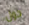
حول